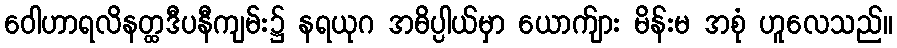
ဝေါဟာရလိနတ္ထဒီပနီကျမ်း၌ နရယုဂ အဓိပ္ပါယ်မှာ ယောက်ျား မိန်းမ အစုံ ဟူလေသည်။